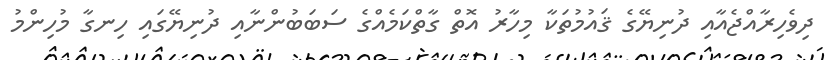
ދިވެހިރާއްޖެއާއި ދުނިޔޭގެ ޤައުމުތަކާ މިހާރު އޮތް ގާތްކަމެއްގެ ސަބަބުންނާއި ދުނިޔޭގައި ހިނގާ މުހިންމު